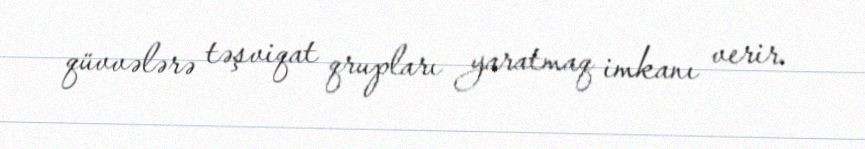
qüvvələrə təşviqat qrupları yaratmaq imkanı verir.